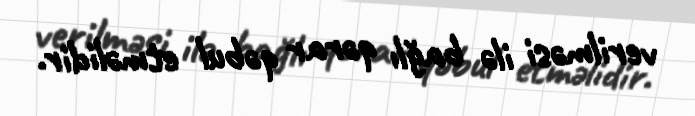
verilməsi ilə bağlı qərar qəbul etməlidir.